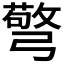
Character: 𢐧